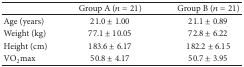
|  | Group A (n = 21) | Group B (n = 21) |
 | --- | --- | --- |
 | Age (years) | 21.0 ± 1.00 | 21.1 ± 0.89 |
 | Weight (kg) | 77.1 ± 10.05 | 72.8 ± 6.22 |
 | Height (cm) | 183.6 ± 6.17 | 182.2 ± 6.15 |
 | VO2max | 50.8 ± 4.17 | 50.7 ± 3.95 |